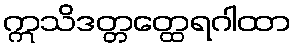
ဣသိဒတ္တတ္ထေရဂါထာ